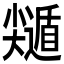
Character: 𡮽